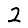
Digit: 2